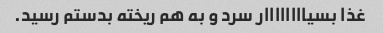
غذا بسیاااااااار سرد و به هم ریخته بدستم رسید.